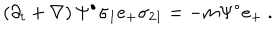
\left( \partial _ { t } + \nabla \right) \Psi ^ { \bullet } \sigma _ { 1 } e _ { + } \sigma _ { 2 1 } = - m \Psi ^ { \bullet } e _ { + } ~ .